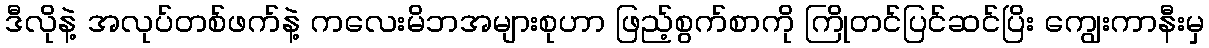
ဒီလိုနဲ့ အလုပ်တစ်ဖက်နဲ့ ကလေးမိဘအများစုဟာ ဖြည့်စွက်စာကို ကြိုတင်ပြင်ဆင်ပြိး ကျွေးကာနီးမှ